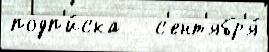
подп'и́ска   с'ент'ябр'я́